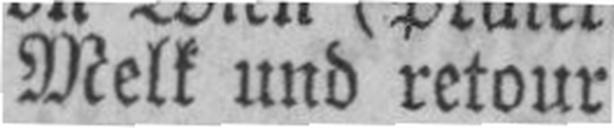
Melk und retour